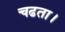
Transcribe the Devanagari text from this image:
चढता।